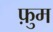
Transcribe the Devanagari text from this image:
फ़ुम